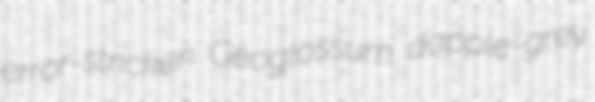
error-stricken Geoglossum dapple-grey